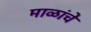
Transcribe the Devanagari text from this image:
माळांचे